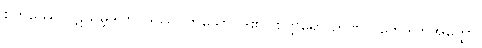
စတဿေ ပဋိသမ္ဘိဒါတိပဒဿ၊ ဟူသောပုဒ်၏။ စတ္တရော ဉာဏပ္ပ ဘေဒါတိအတ္ထော၊